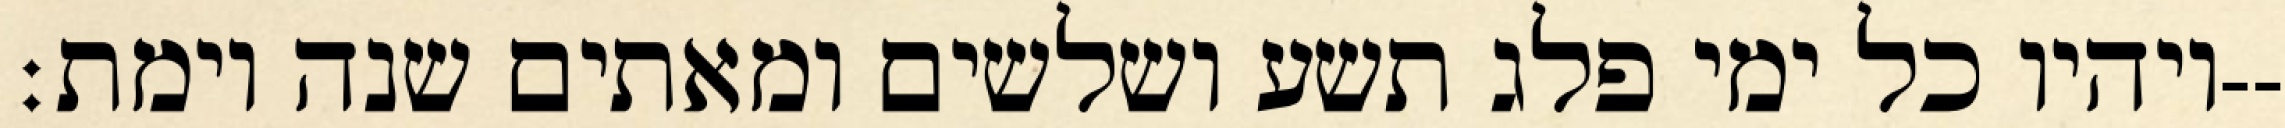
ויהיו כל ימי פלג תשע ושלשים ומאתים שנה וימת׃--